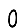
Digit: 0